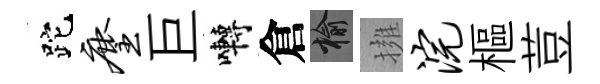
跎麈巨囀倉榆擁浣樞荳